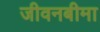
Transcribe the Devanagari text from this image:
जीवनबीमा